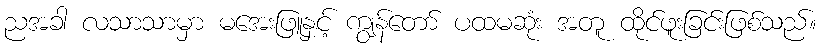
ညအခါ လသာသာမှာ မအေးဖြူနှင့် ကျွန်တော် ပထမဆုံး အတူ ထိုင်ဖူးခြင်းဖြစ်သည်။